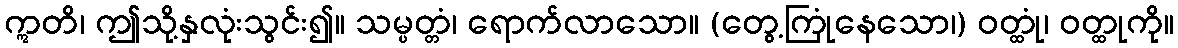
ဣတိ၊ ဤသို့နှလုံးသွင်း၍။ သမ္ပတ္တံ၊ ရောက်လာသော။ (တွေ့ကြုံနေသော၊) ဝတ္ထုံ၊ ဝတ္ထုကို။